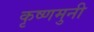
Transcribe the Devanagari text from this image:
कृष्णमुनी